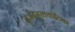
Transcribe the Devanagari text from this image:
दुर्जनमुखचपेटिका